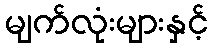
မျက်လုံးများနှင့်